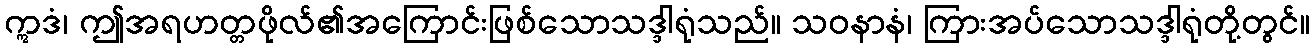
ဣဒံ၊ ဤအရဟတ္တဖိုလ်၏အကြောင်းဖြစ်သောသဒ္ဒါရုံသည်။ သဝနာနံ၊ ကြားအပ်သောသဒ္ဒါရုံတို့တွင်။